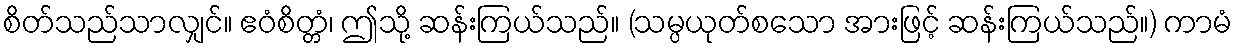
စိတ်သည်သာလျှင်။ ဧဝံစိတ္တံ၊ ဤသို့ ဆန်းကြယ်သည်။ (သမ္ပယုတ်စသော အားဖြင့် ဆန်းကြယ်သည်။) ကာမံ